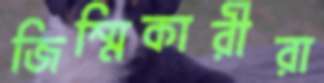
জিম্মিকারীরা